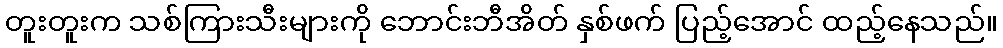
တူးတူးက သစ်ကြားသီးများကို ဘောင်းဘီအိတ် နှစ်ဖက် ပြည့်အောင် ထည့်နေသည်။